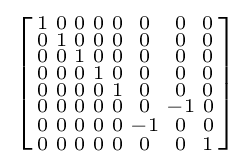
\left[{\begin{smallmatrix}1&0&0&0&0&0&0&0\\0&1&0&0&0&0&0&0\\0&0&1&0&0&0&0&0\\0&0&0&1&0&0&0&0\\0&0&0&0&1&0&0&0\\0&0&0&0&0&0&-1&0\\0&0&0&0&0&-1&0&0\\0&0&0&0&0&0&0&1\end{smallmatrix}}\right]